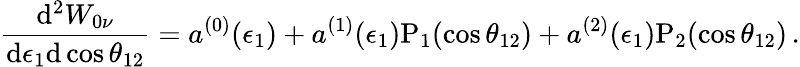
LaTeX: \frac{\mathrm{d}^{2}W_{0\nu}}{\mathrm{d}\epsilon_{1}\mathrm{d}\cos\theta_{12}}=a^{(0)}(\epsilon_{1})+a^{(1)}(\epsilon_{1})\mathrm{P}_{1}(\cos\theta_{12})+a^{(2)}(\epsilon_{1})\mathrm{P}_{2}(\cos\theta_{12})\, .